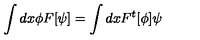
\int d x \phi F [ \psi ] = \int d x F ^ { t } [ \phi ] \psi